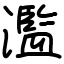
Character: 濫